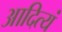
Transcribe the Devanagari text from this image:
आदित्यं